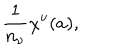
{ \frac { 1 } { n _ { \nu } } } \chi ^ { \nu } ( a ) ,